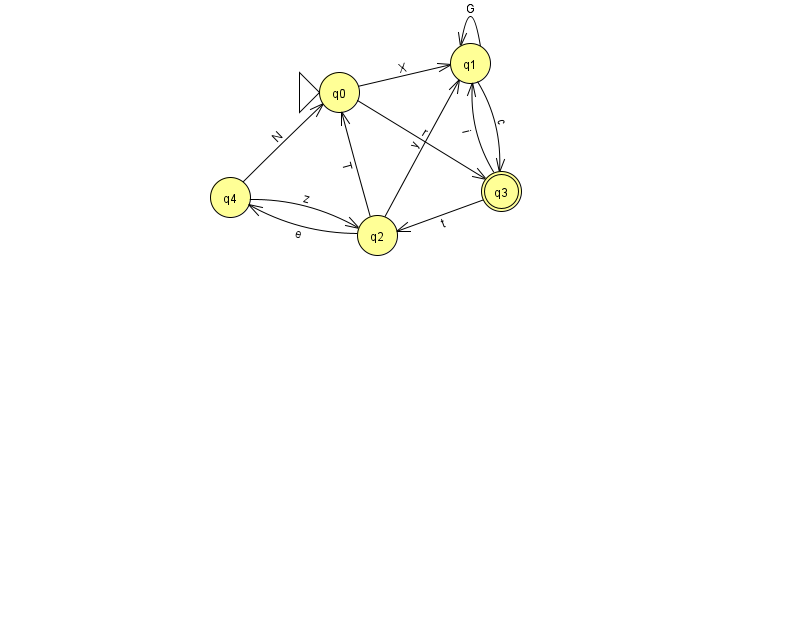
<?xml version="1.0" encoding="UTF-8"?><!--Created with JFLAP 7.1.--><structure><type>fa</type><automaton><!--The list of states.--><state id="0" name="q0"><x>339.0</x><y>79.0</y><initial/></state><state id="1" name="q1"><x>470.0</x><y>50.0</y></state><state id="2" name="q2"><x>377.0</x><y>222.0</y></state><state id="3" name="q3"><x>501.0</x><y>178.0</y><final/></state><state id="4" name="q4"><x>230.0</x><y>184.0</y></state><!--The list of transitions.--><transition><from>0</from><to>1</to><read>X</read></transition><transition><from>2</from><to>4</to><read>e</read></transition><transition><from>3</from><to>1</to><read>i</read></transition><transition><from>0</from><to>3</to><read>r</read></transition><transition><from>1</from><to>1</to><read>G</read></transition><transition><from>4</from><to>0</to><read>N</read></transition><transition><from>2</from><to>0</to><read>T</read></transition><transition><from>3</from><to>2</to><read>t</read></transition><transition><from>1</from><to>3</to><read>c</read></transition><transition><from>2</from><to>1</to><read>y</read></transition><transition><from>4</from><to>2</to><read>z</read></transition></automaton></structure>